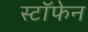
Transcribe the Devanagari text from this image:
स्टॉफेन